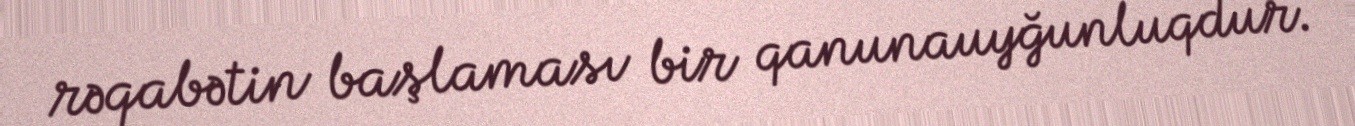
rəqabətin başlaması bir qanunauyğunluqdur.